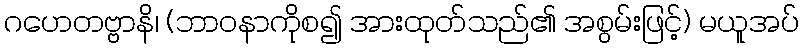
ဂဟေတဗ္ဗာနိ၊ (ဘာဝနာကိုစ၍ အားထုတ်သည်၏ အစွမ်းဖြင့်) မယူအပ်